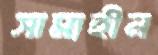
সাম্যহীন